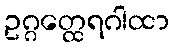
ဥဂ္ဂတ္ထေရဂါထာ